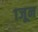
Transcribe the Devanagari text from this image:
१जून